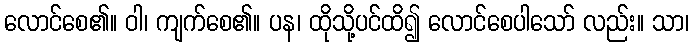
လောင်စေ၏။ ဝါ၊ ကျက်စေ၏။ ပန၊ ထိုသို့ပင်ထိ၍ လောင်စေပါသော် လည်း။ သာ၊